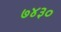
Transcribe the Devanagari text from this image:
७४३०